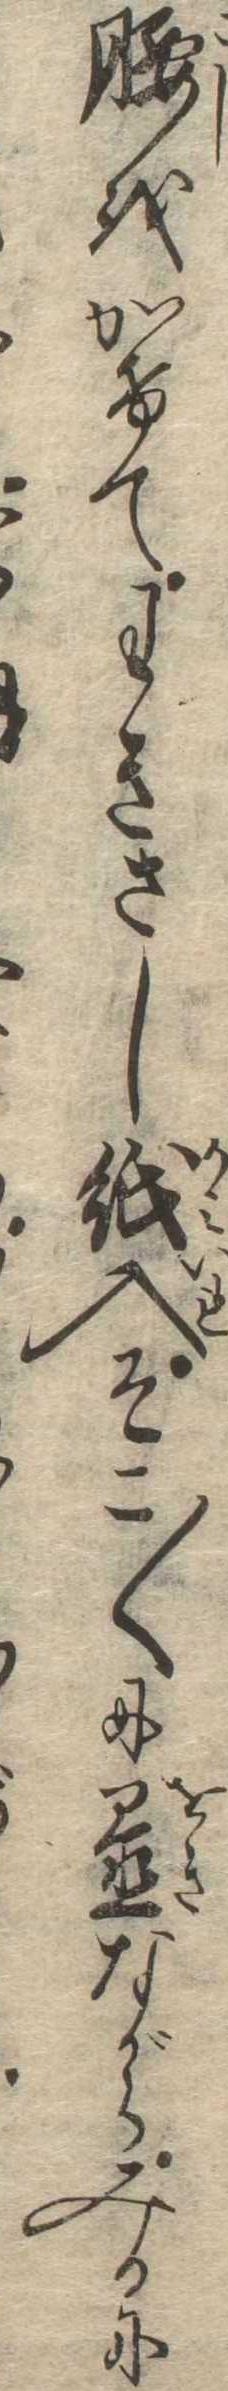
腰をかけてわきさし紙入そこ〱に置ながらみるに